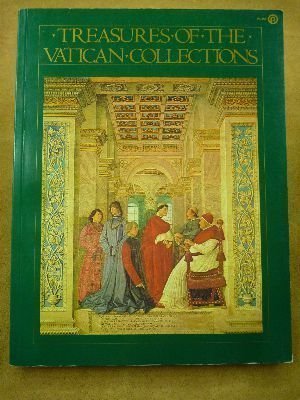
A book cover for Treasures of the Vatican Collections; Alan Levy; Travel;